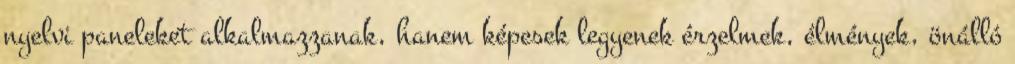
nyelvi paneleket alkalmazzanak, hanem képesek legyenek érzelmek, élmények, önálló